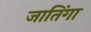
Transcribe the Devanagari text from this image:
जातिंगा